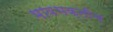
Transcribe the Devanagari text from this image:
भावभक्तीच